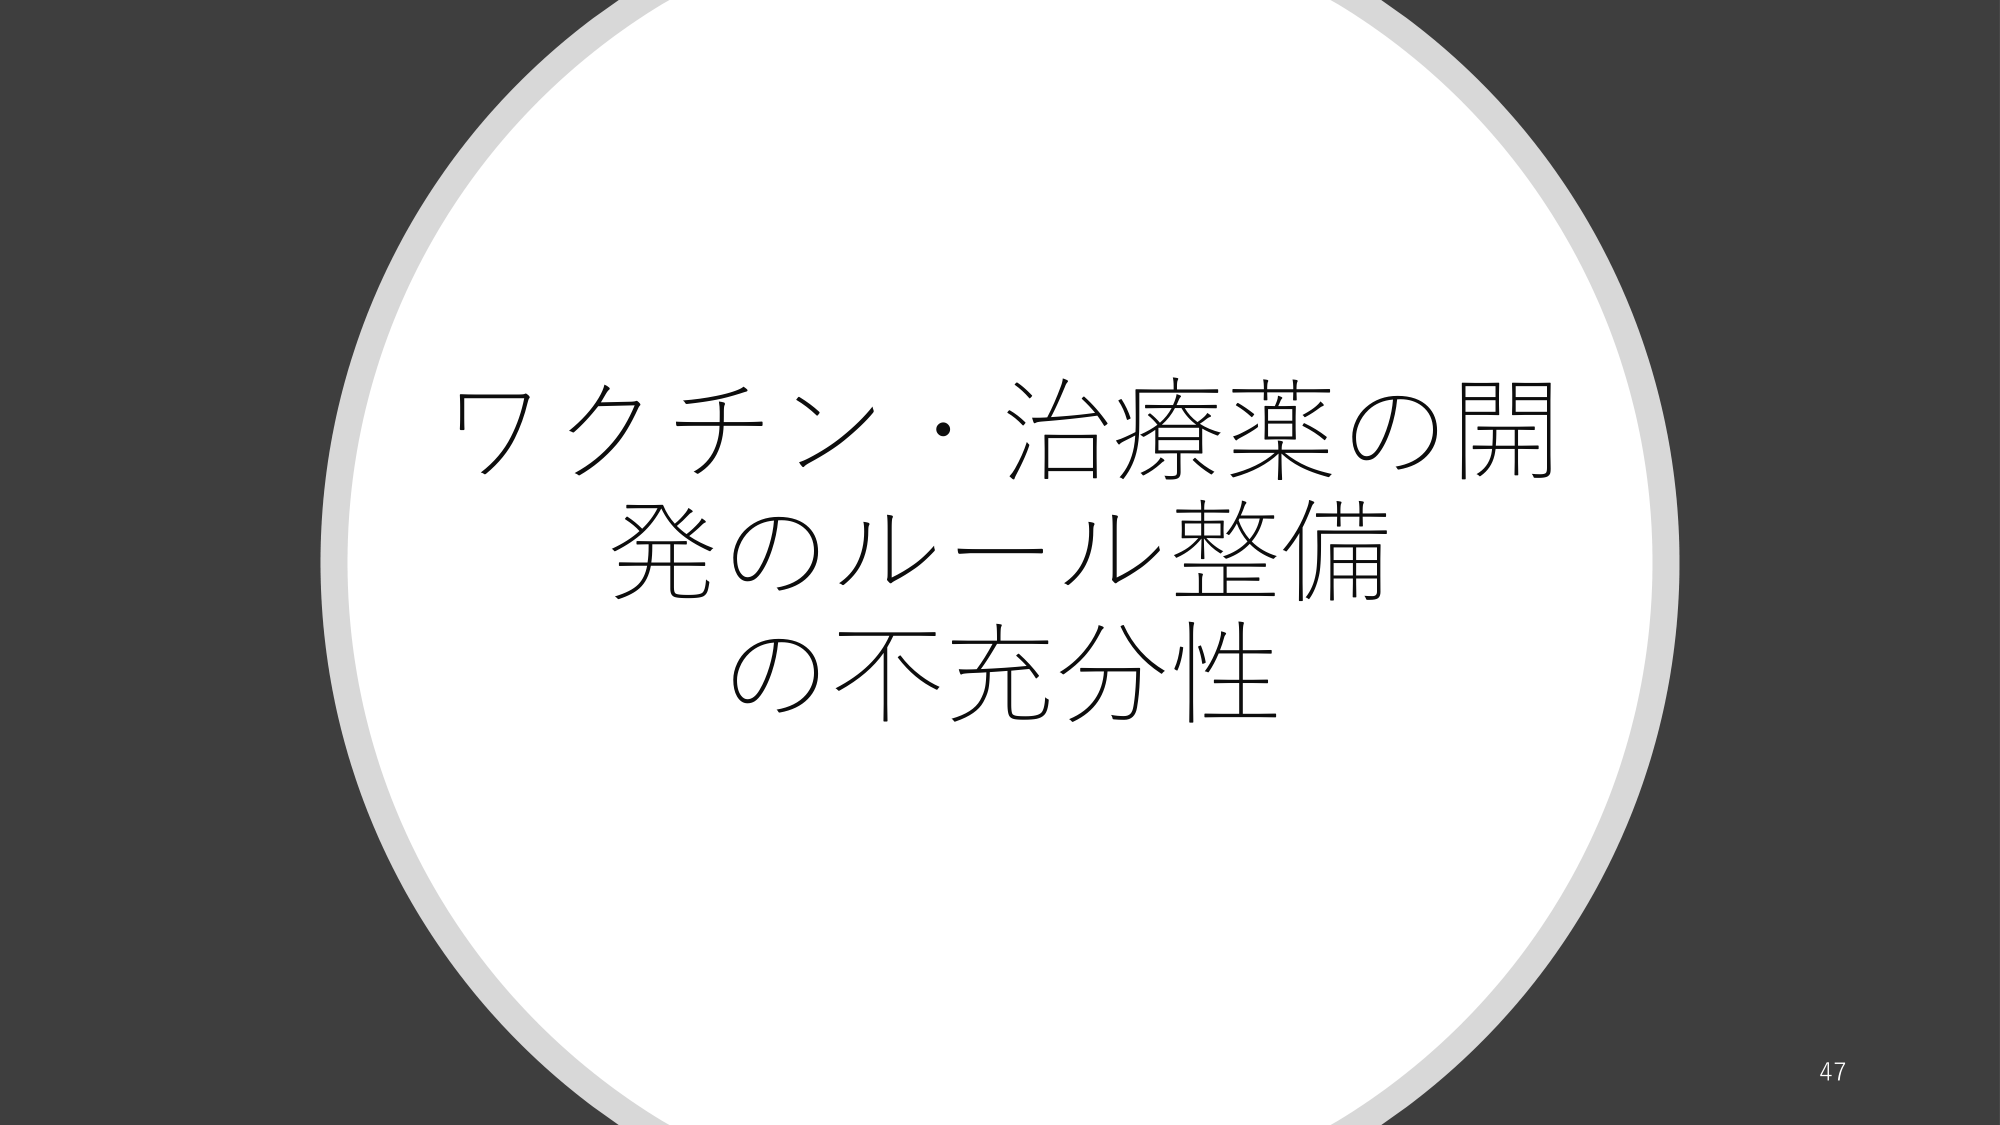
ワクチン・治療薬の開
発のルール整備
の不充分性
47